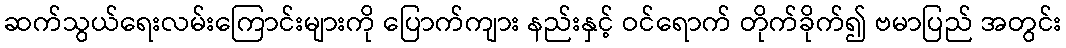
ဆက်သွယ်ရေးလမ်းကြောင်းများကို ပြောက်ကျား နည်းနှင့် ဝင်ရောက် တိုက်ခိုက်၍ ဗမာပြည် အတွင်း